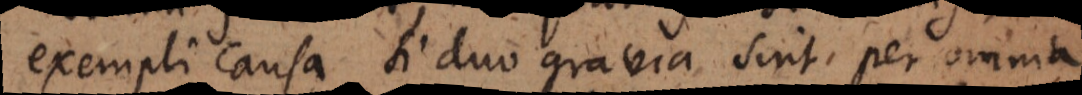
exempli causa si duo gravia sint per omnia